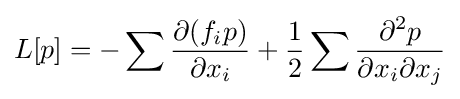
L[p]=-\sum {\frac {\partial (f_{i}p)}{\partial x_{i}}}+{\frac {1}{2}}\sum {\frac {\partial ^{2}p}{\partial x_{i}\partial x_{j}}}